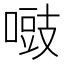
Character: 𠽑